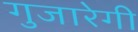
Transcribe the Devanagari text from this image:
गुजारेगी